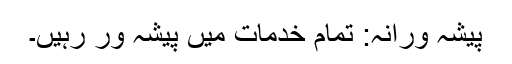
پیشہ ورانہ: تمام خدمات میں پیشہ ور رہیں۔